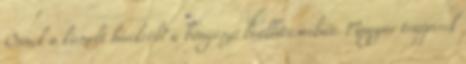
Önnek a kiemelt hírekről? a böngésző beállításaiban. Magyar trapperek